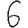
Digit: 6